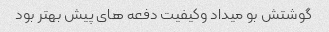
گوشتش بو میداد وکیفیت دفعه هاى پیش بهتر بود